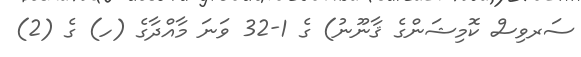
ސަރވިސް ކޮމިޝަންގެ ޤާނޫނު) ގެ 1-32 ވަނަ މާއްދާގެ (ހ) ގެ (2)